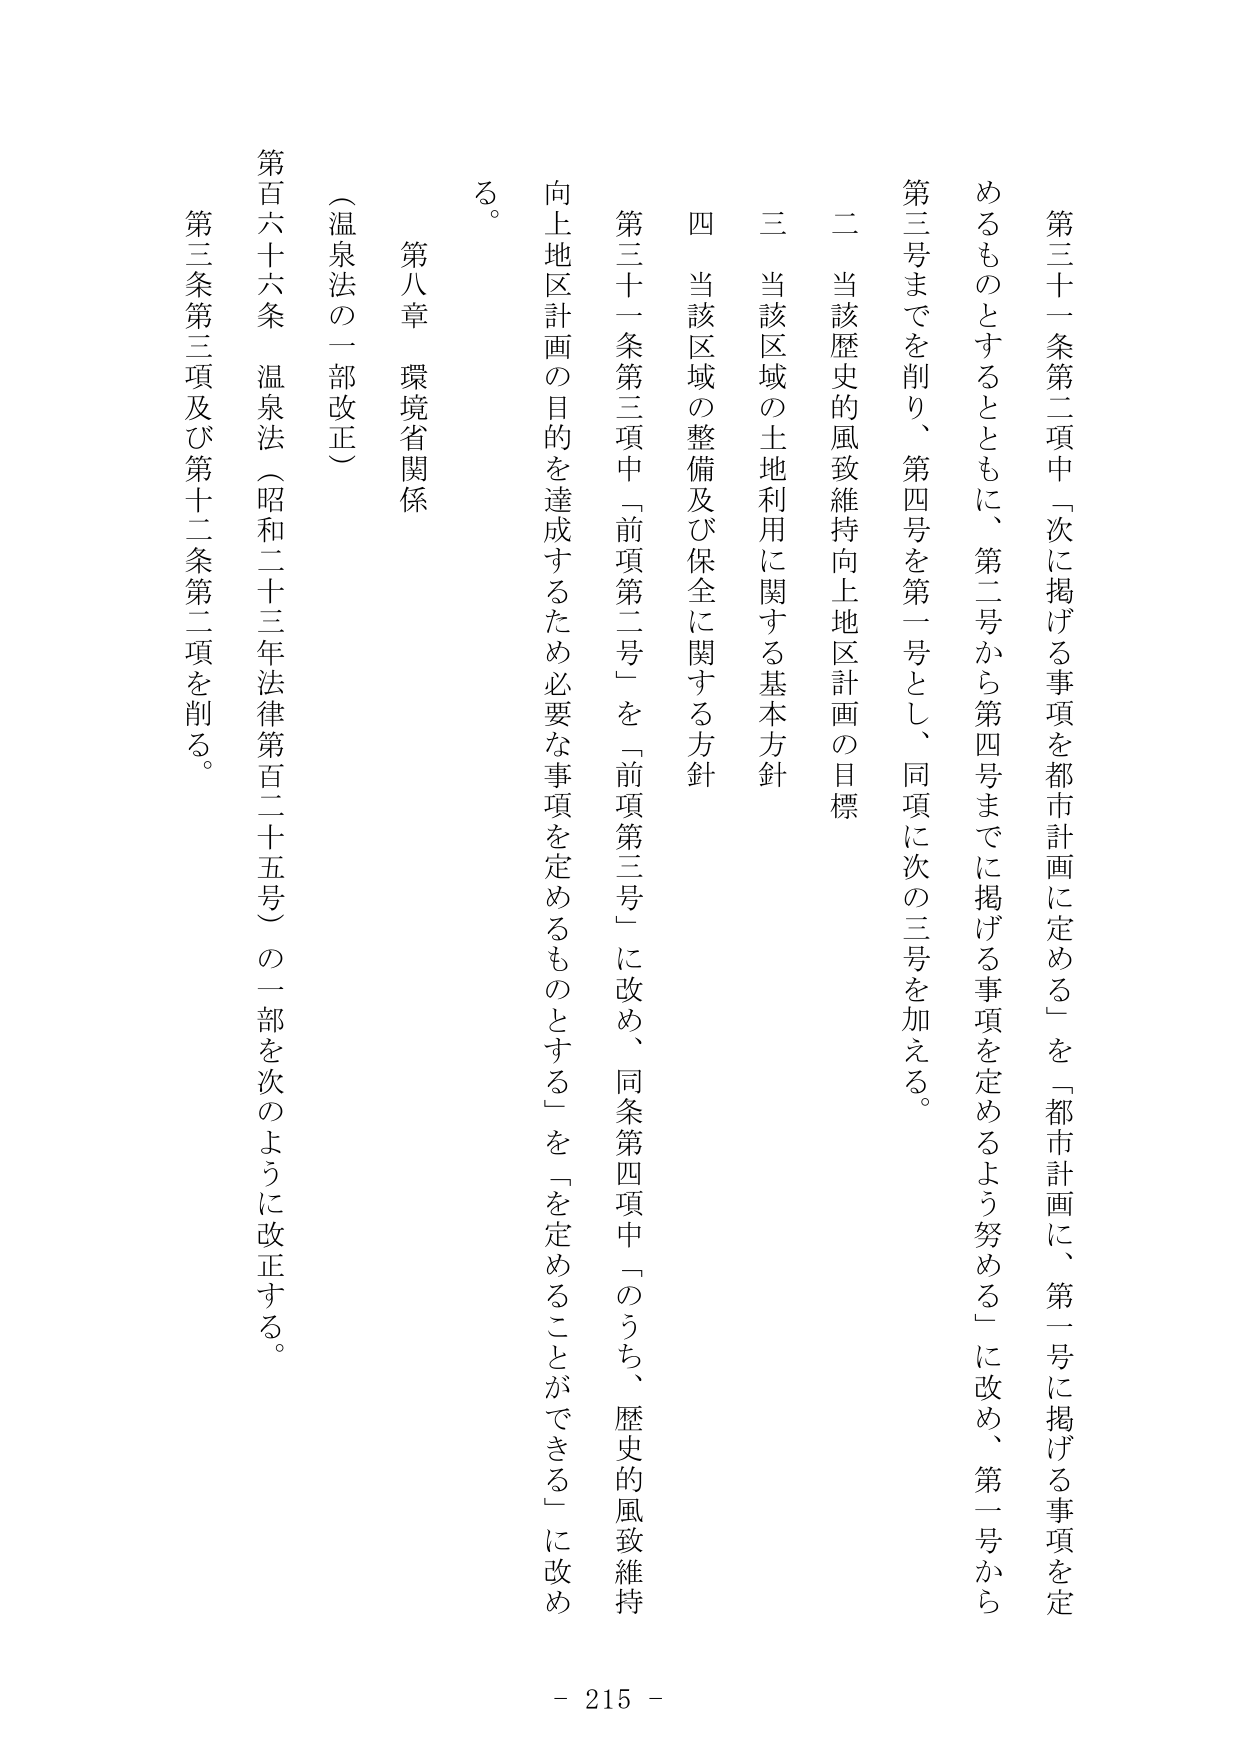
第三十一条第二項中「次に掲げる事項を都市計画に定める」を「都市計画に、第一号に掲げる事項を定めるものとするとともに、第二号から第四号までに掲げる事項を定めるよう努める」に改め、第一号から第三号までを削り、第四号を第一号とし、同項に次の三号を加える。

二 当該歴史的風致維持向上地区計画の目標

三 当該区域の土地利用に関する基本方針

四 当該区域の整備及び保全に関する方針

第三十一条第三項中「前項第二号」を「前項第三号」に改め、同条第四項中「のうち、歴史的風致維持向上地区計画の目的を達成するため必要な事項を定めるものとする」を「を定めることができる」に改める。

第八章 環境省関係

（温泉法の一部改正）

第百六十六条 温泉法（昭和二十三年法律第百二十五号）の一部を次のように改正する。

第三条第三項及び第十二条第二項を削る。

- 215 -